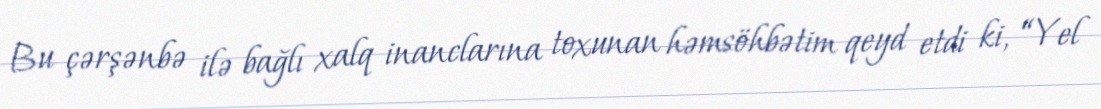
Bu çərşənbə ilə bağlı xalq inanclarına toxunan həmsöhbətim qeyd etdi ki, “Yel